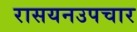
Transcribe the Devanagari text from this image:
रासयनउपचार